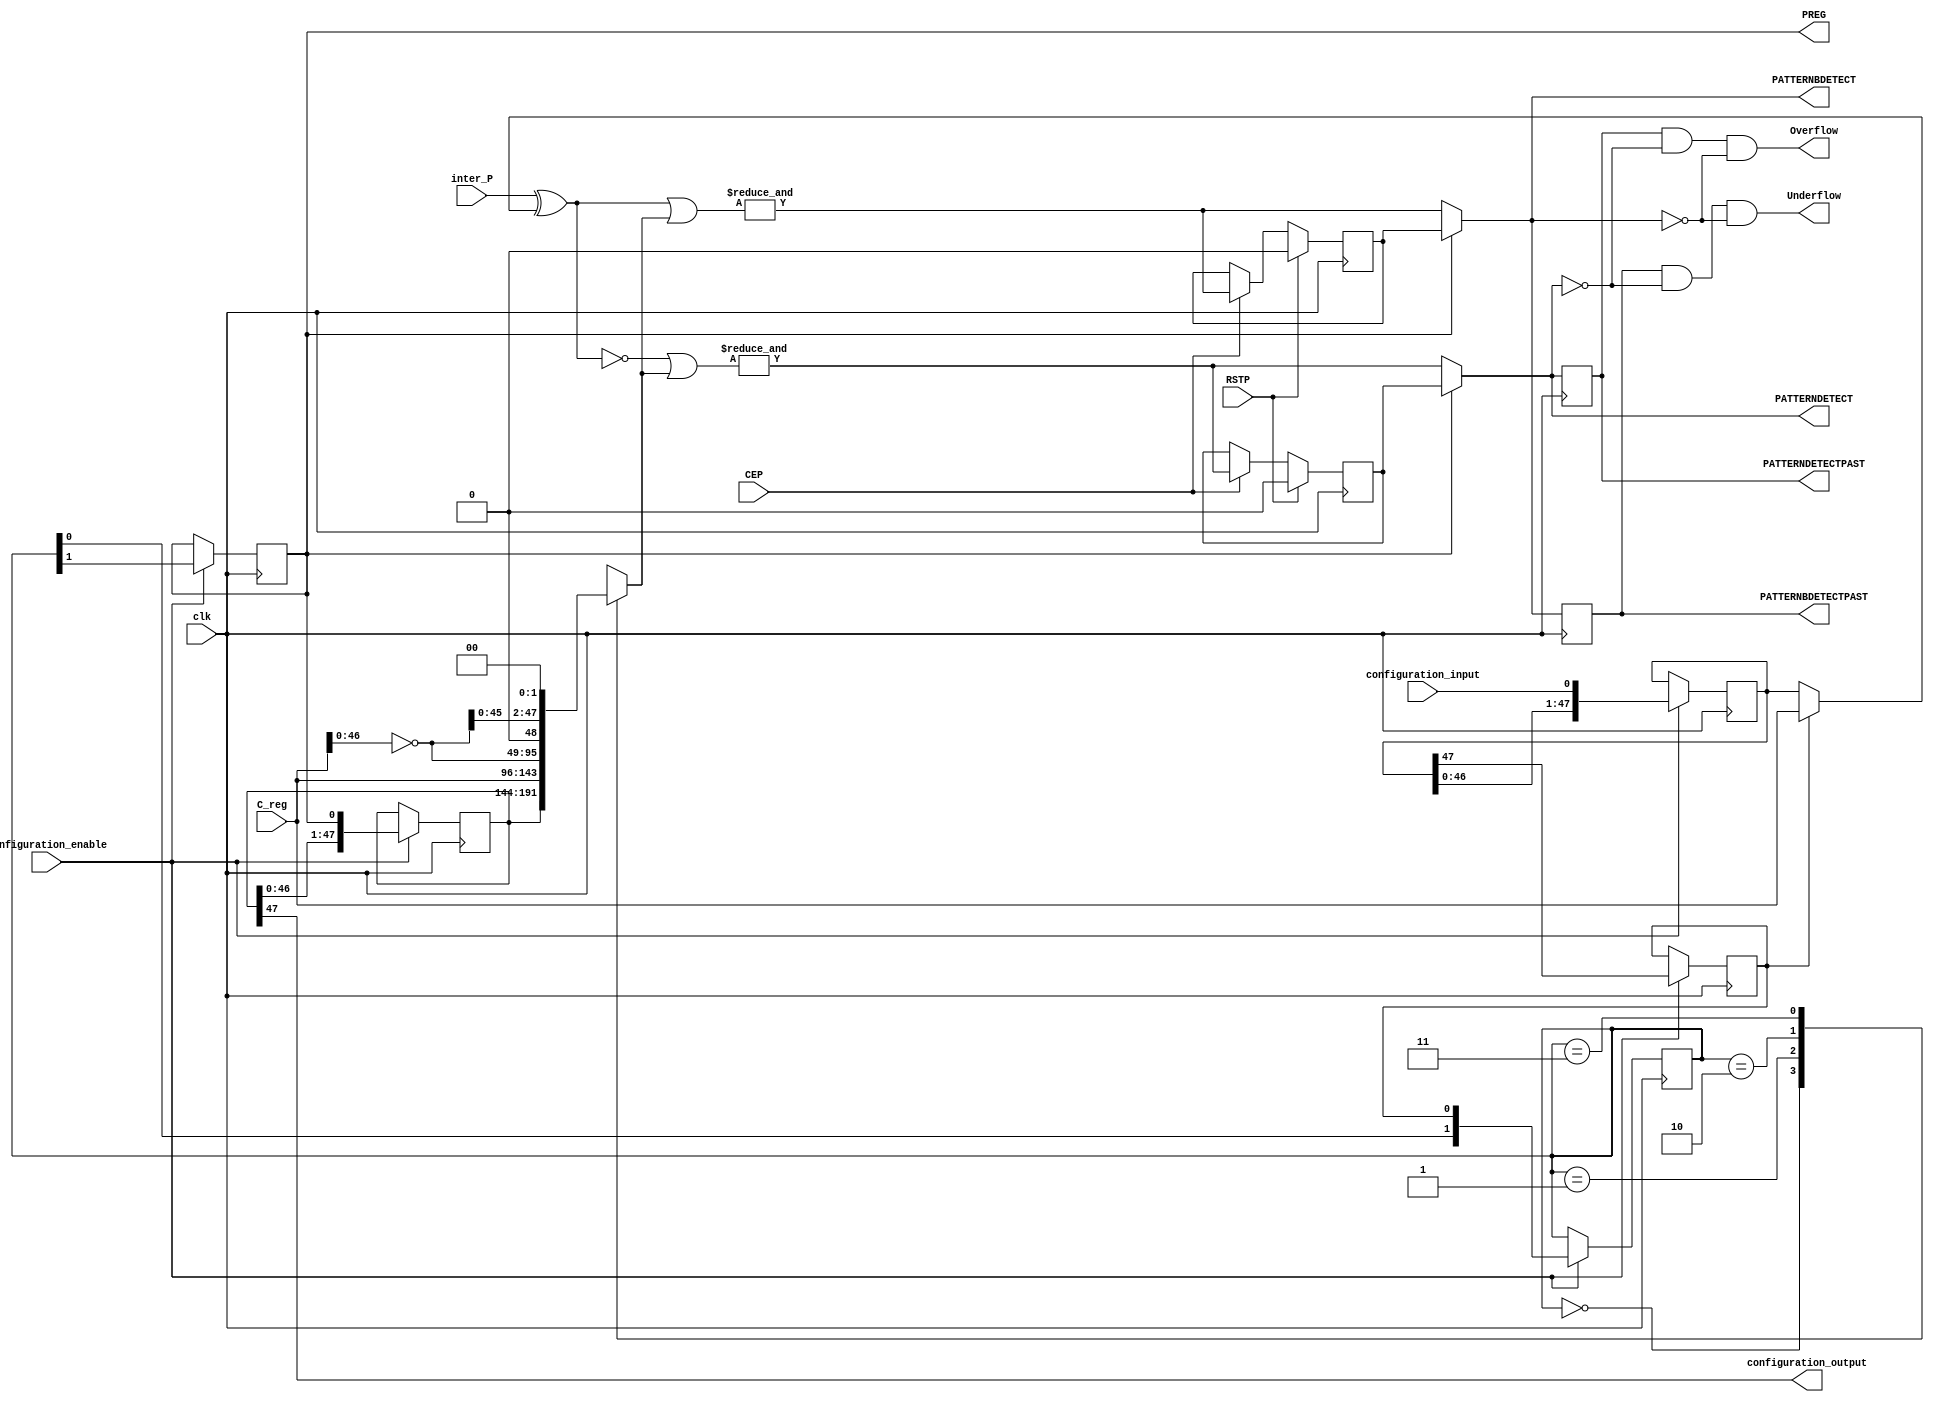
/*****************************************************************
*	Configuration bits order :
*			PATTERN <= {{PATTERN[46:0]},{configuration_input}};
*			SEL_PATTERN <= PATTERN[47];
*			SEL_MASK <= {{SEL_MASK[0]},{SEL_PATTERN}};
*			PREG <= SEL_MASK[1];
*			MASK <= {{MASK[46:0]},{PREG}};
*			configuration_output = MASK[47];
*****************************************************************/
`timescale 1 ns / 100 ps  
module pattern_detection(
		input clk,
		
		input [47:0] C_reg,
		input [47:0] inter_P,
		
		input RSTP,
		input CEP,
	
		output reg PREG,
		output reg PATTERNDETECT,
		output reg PATTERNBDETECT,
		output reg PATTERNDETECTPAST,
		output reg PATTERNBDETECTPAST,
		output Overflow,
		output Underflow,

		input configuration_input,
		input configuration_enable,
		output configuration_output
	);
	
	// parameter 
	parameter input_freezed = 1'b0;
	
	reg [47:0] inter_P_temp;
	always @ (*) begin
		if (input_freezed)begin
			inter_P_temp = 48'b0;
		end
		else begin
			inter_P_temp = inter_P;
		end
	end
	
	// configuring bits
	reg [47:0] PATTERN;
	reg SEL_PATTERN;
	reg [1:0] SEL_MASK;
	reg [47:0] MASK;
		
	always@(posedge clk)begin
		if (configuration_enable)begin
			PATTERN <= {{PATTERN[46:0]},{configuration_input}};
			SEL_PATTERN <= PATTERN[47];
			SEL_MASK <= {{SEL_MASK[0]},{SEL_PATTERN}};
			PREG <= SEL_MASK[1];
			MASK <= {{MASK[46:0]},{PREG}};
		end
	end
	assign configuration_output = MASK[47];
	
	
	// pattern_detection
	wire [47:0] Selected_pattern;
	assign Selected_pattern = (SEL_PATTERN) ? C_reg : PATTERN;
	
	wire [47:0] C_reg_not;
	assign C_reg_not = ~C_reg;
	
	reg [47:0] Selected_mask;
	always@(*)begin
		case (SEL_MASK)
			2'b00: Selected_mask = MASK;
			2'b01: Selected_mask = C_reg;
			2'b10: Selected_mask = {{C_reg_not[46:0]},{1'b0}};
			2'b11: Selected_mask = {{C_reg_not[45:0]},{2'b00}};
		endcase
	end	
	
	assign inter_PATTERNBDETECT = (&((inter_P_temp ^ Selected_pattern) | Selected_mask));
	assign inter_PATTERNDETECT = (&((~(inter_P_temp ^ Selected_pattern)) | Selected_mask));

	reg PATTERNDETECT_reg;
	reg PATTERNBDETECT_reg;
	always@ (posedge clk) begin
		if (RSTP) begin
			PATTERNDETECT_reg <= 1'b0;
			PATTERNBDETECT_reg <= 1'b0;
		end	
		else if (CEP) begin
			PATTERNDETECT_reg <= inter_PATTERNDETECT;
			PATTERNBDETECT_reg <= inter_PATTERNBDETECT;
		end	
	end
	

	always@(*)begin
		if (PREG | input_freezed) begin
			PATTERNDETECT = PATTERNDETECT_reg;
			PATTERNBDETECT = PATTERNBDETECT_reg;
		end
		else begin
			PATTERNDETECT = inter_PATTERNDETECT;
			PATTERNBDETECT = inter_PATTERNBDETECT;
		end
	end

	always@ (posedge clk) begin
		PATTERNDETECTPAST <= PATTERNDETECT;
		PATTERNBDETECTPAST <= PATTERNBDETECT;
	end
	

	assign Overflow = PATTERNDETECTPAST & (~PATTERNDETECT) & (~PATTERNBDETECT);
	assign Underflow = PATTERNBDETECTPAST & (~PATTERNDETECT) & (~PATTERNBDETECT);
	
endmodule